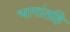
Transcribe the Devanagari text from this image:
भागांतहि